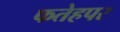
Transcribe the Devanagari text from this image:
फतेहपर